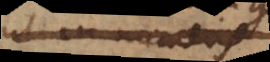
ut in numeris